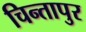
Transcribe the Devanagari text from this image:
चिन्तापुर